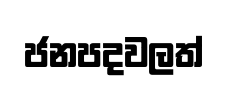
ජනපදවලත්